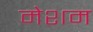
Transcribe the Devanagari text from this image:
मेशम